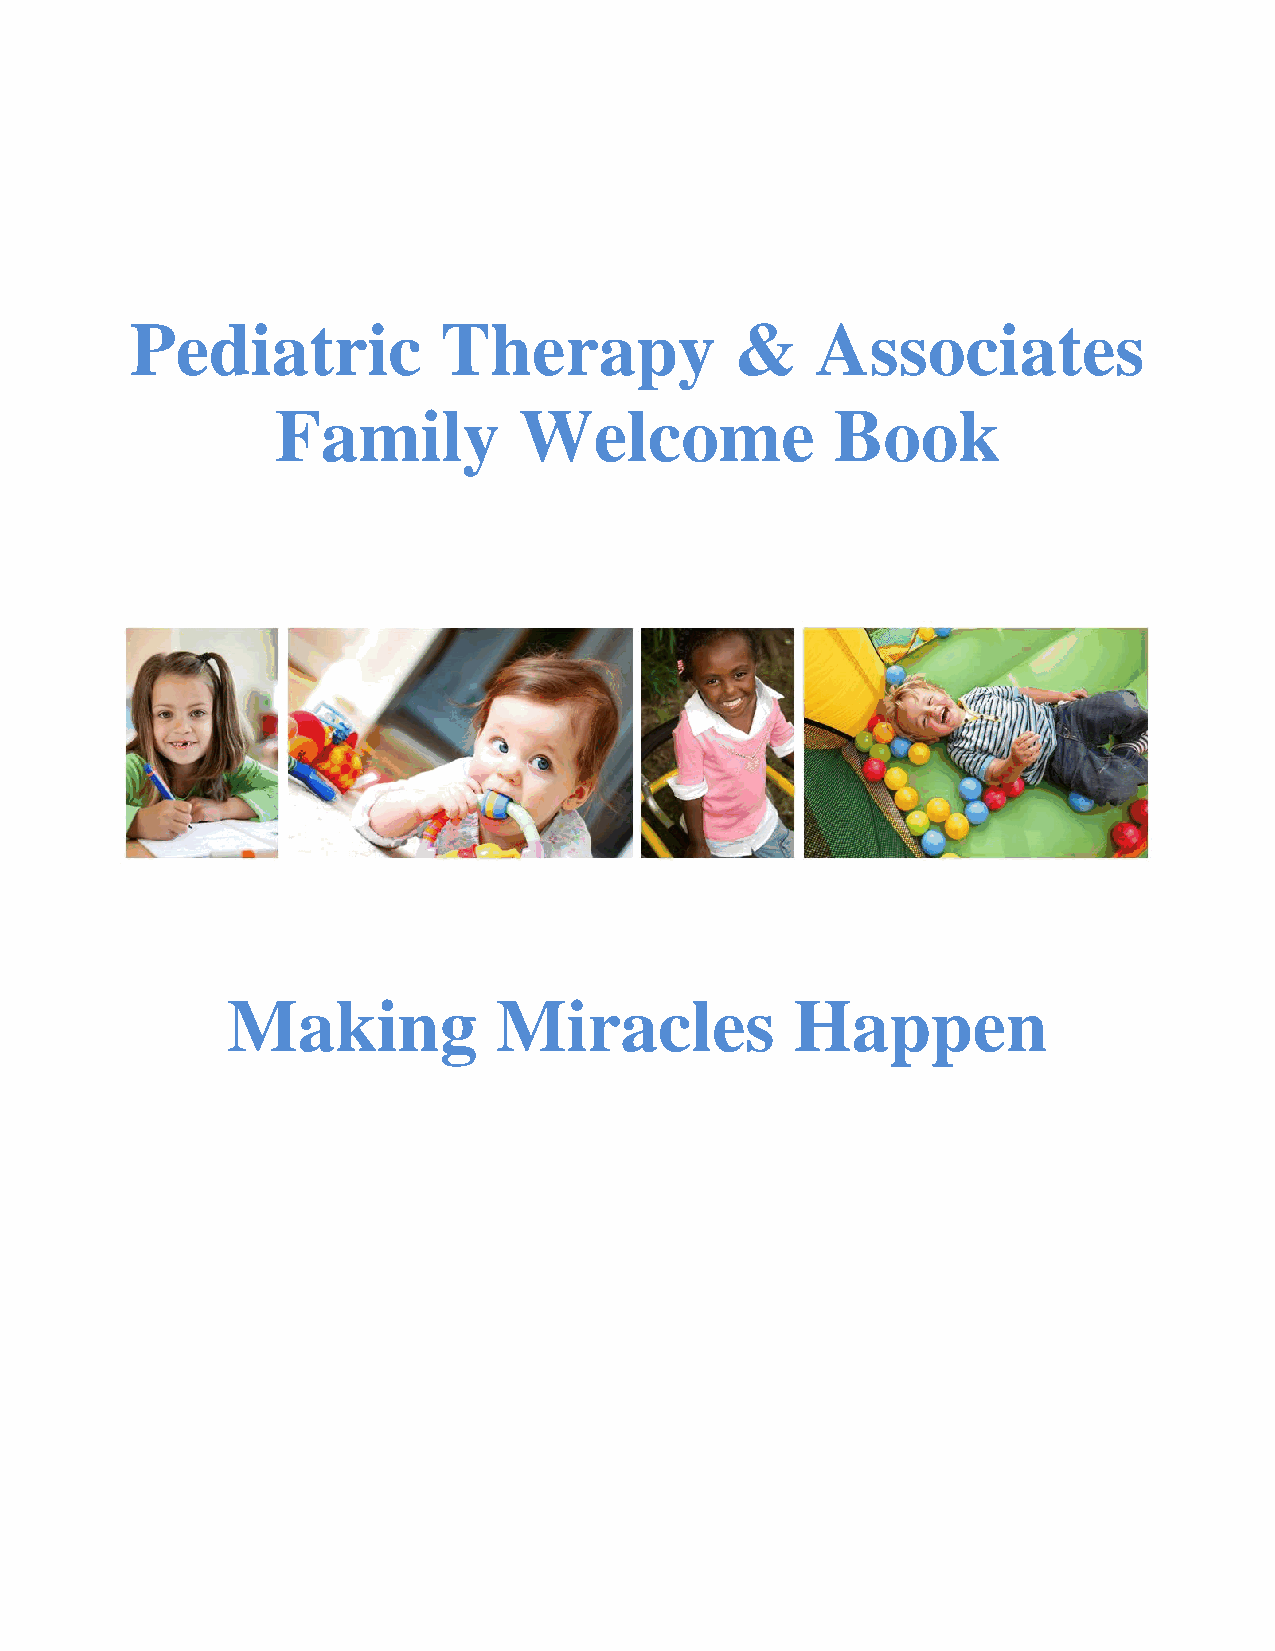
Pediatric           Therapy             &    Associates
 Family          Welcome              Book
 Making            Miracles            Happen